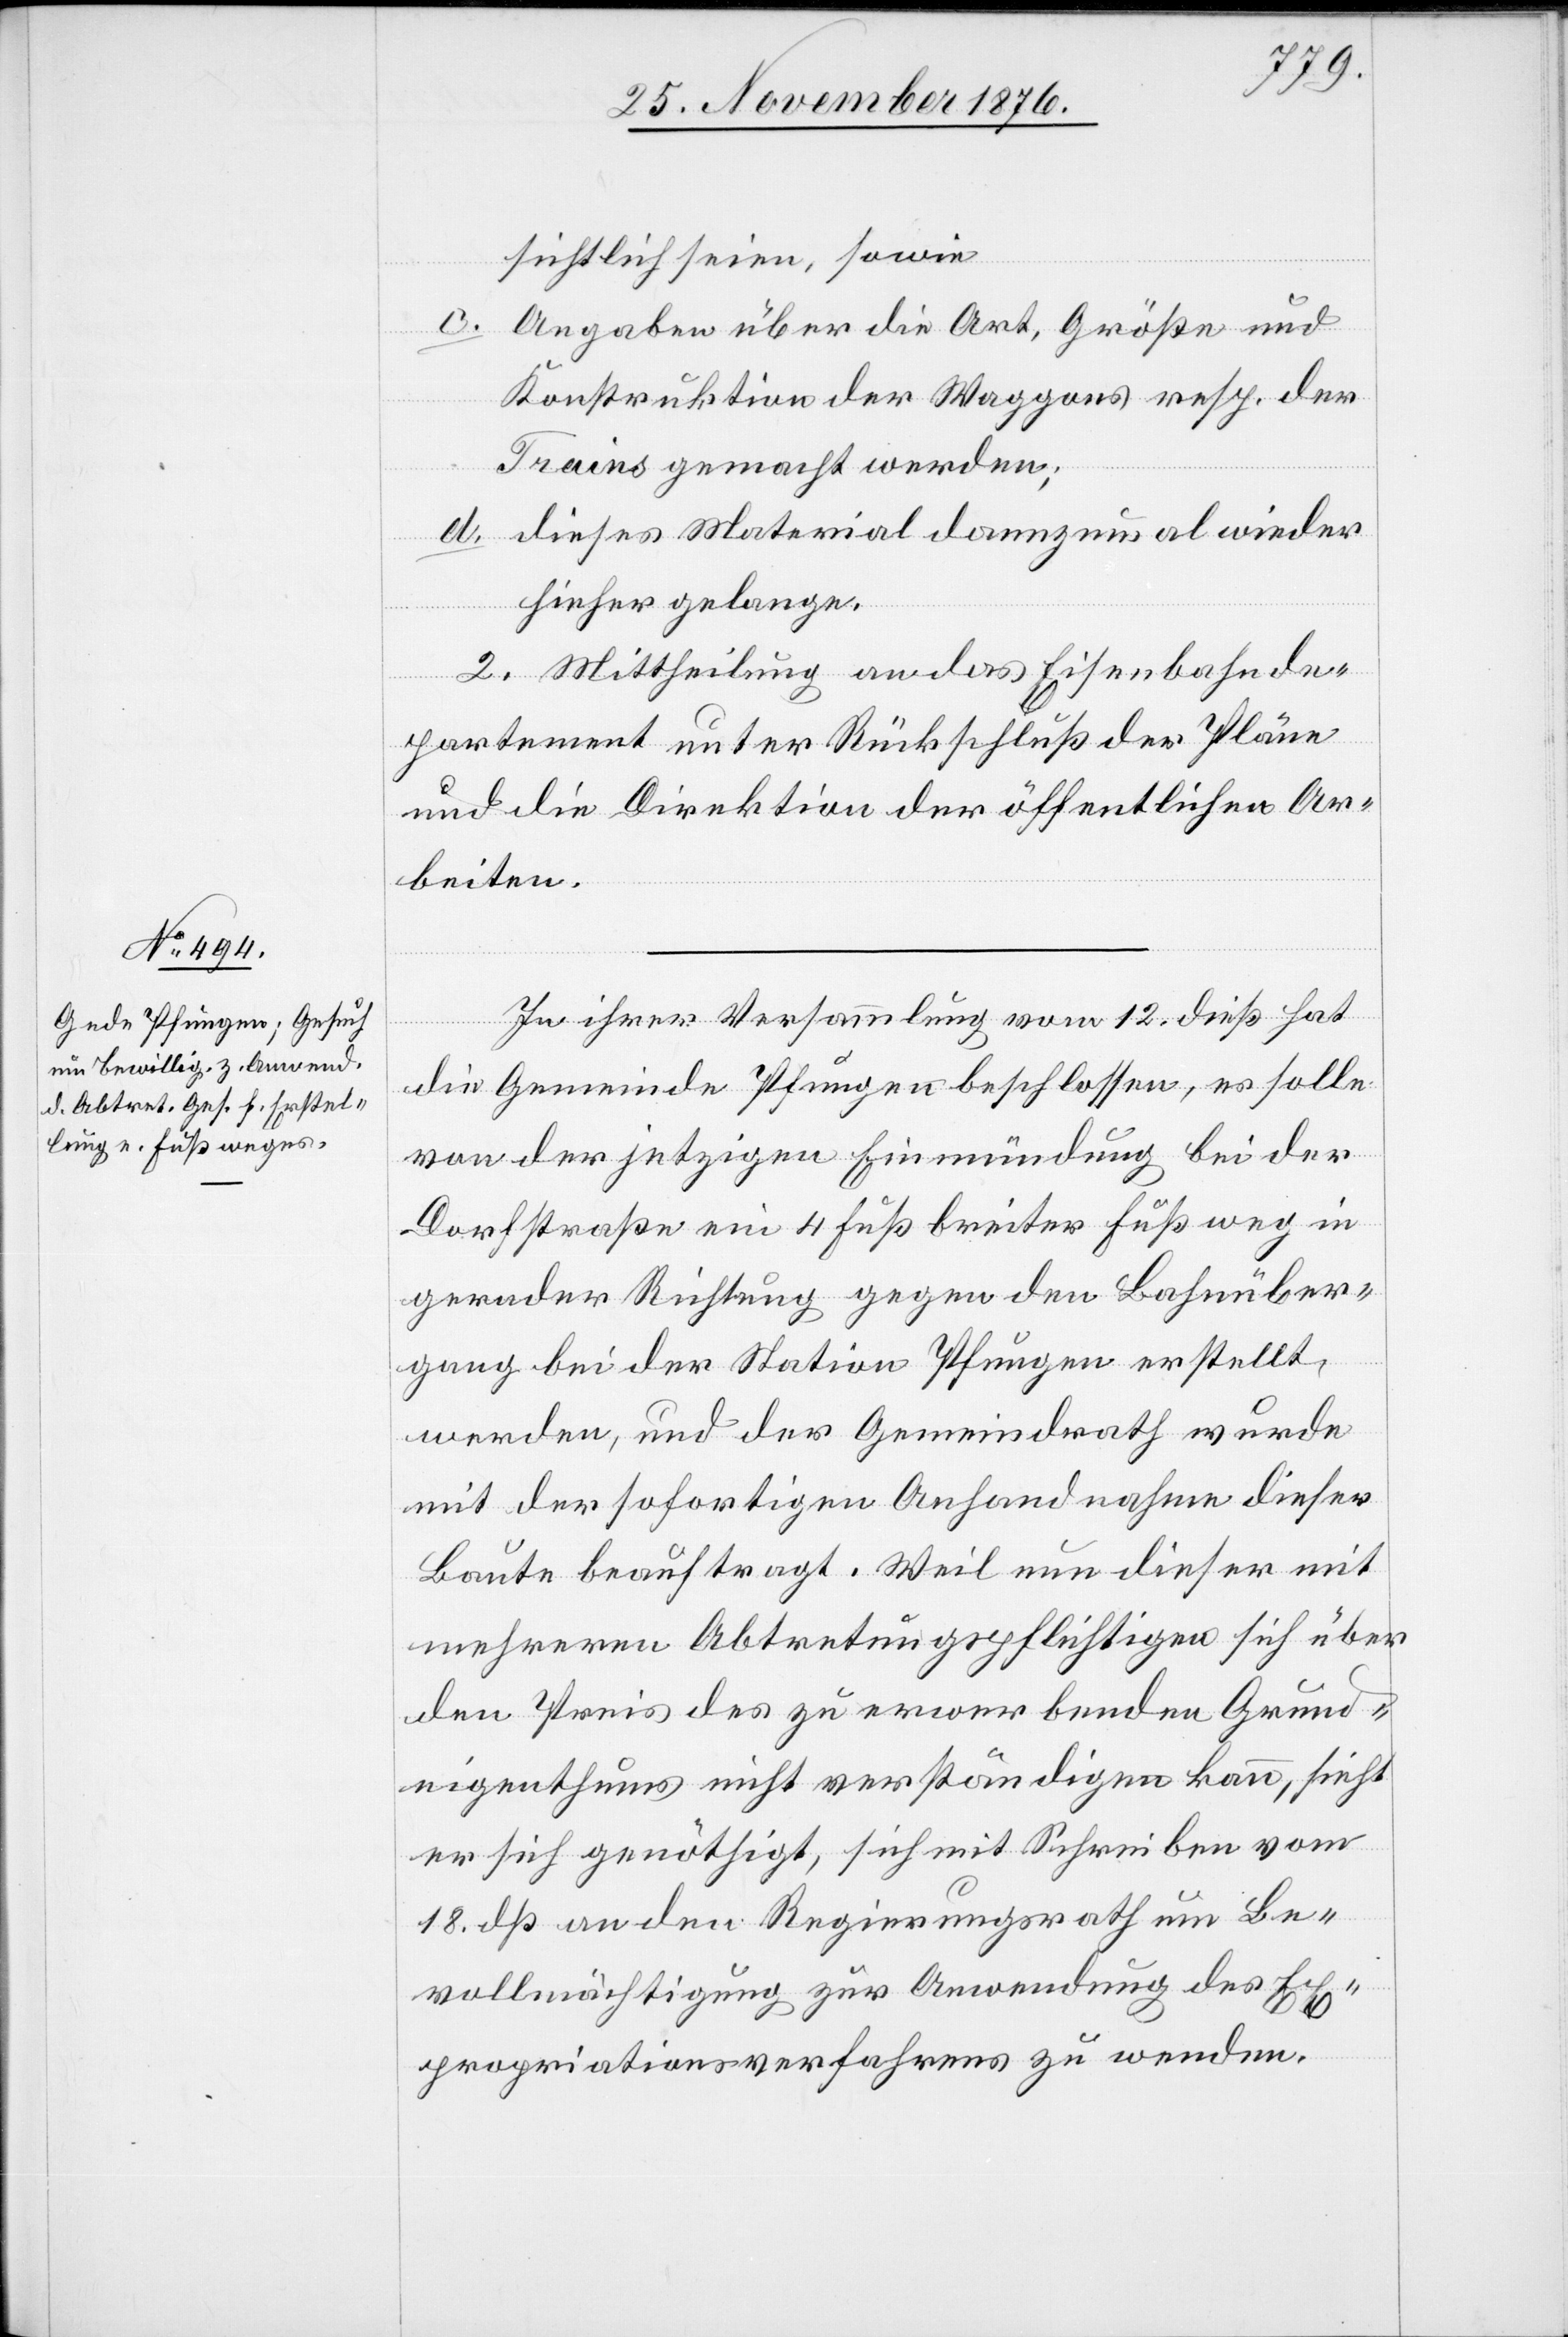
sichtlich seien, sowie
c.
Angaben über die Art, Größe und
Konstruktion der Waggons resp. der
Trains gemacht werden;
d. dieses Material dannzumal wieder
hierher gelange.
2. Mittheilung an das Eisenbahnde¬
partement unter Rückschluß der Pläne
und die Direktion der öffentlichen Ar¬
beiten.
In ihrer Versammlung vom 12. dieß hat
die Gemeinde Pfungen beschlossen, es solle
von der jetzigen Einmündung bei der
Dorfstraße ein 4 Fuß breiter Fußweg in
gerader Richtung gegen den Bahnüber¬
gang bei der Station Pfungen erstellt
werden, und der Gemeindrath wurde
mit der sofortigen Anhandnahme dieser
Baute beauftragt. Weil nun dieser mit
mehreren Abtretungspflichtigen sich über
den Preis des zu erwerbenden Grund¬
eigenthums nicht verständigen kann, sieht
er sich genöthigt, sich mit Schreiben vom
18. dß an den Regierungsrath um Be¬
vollmächtigung zur Anwendung des Ex¬
propriationsverfahrens zu wenden.